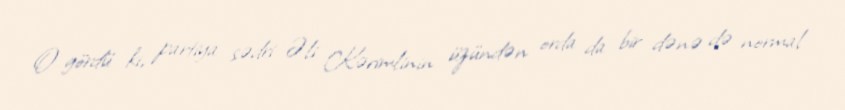
O gördü ki, partiya sədri Əli Kərimlinin üzündən orda da bir dənə də normal